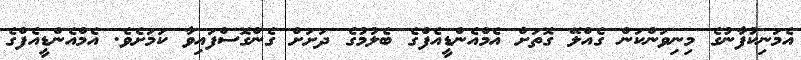
އެމަނިކުފާނުގެ މިނިވަންކަން ގެއްލޭ ގޮތަށް އެމްއެންޑީއެފްގެ ބެލުމުގެ ދަށަށް ގެންގޮސްފައިވާ ކަމަށެވެ. އެމްއެންޑީއެފްގެ